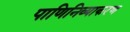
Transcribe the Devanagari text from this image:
पाणिनिव्याकरण